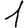
Digit: 1